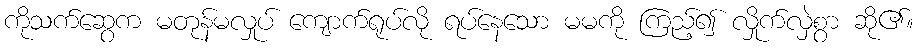
ကိုသက်ဆွေက မတုန်မလှုပ် ကျောက်ရုပ်လို ရပ်နေသော မမကို ကြည့်၍ လှိုက်လှဲစွာ ဆို၏။